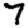
Digit: 7